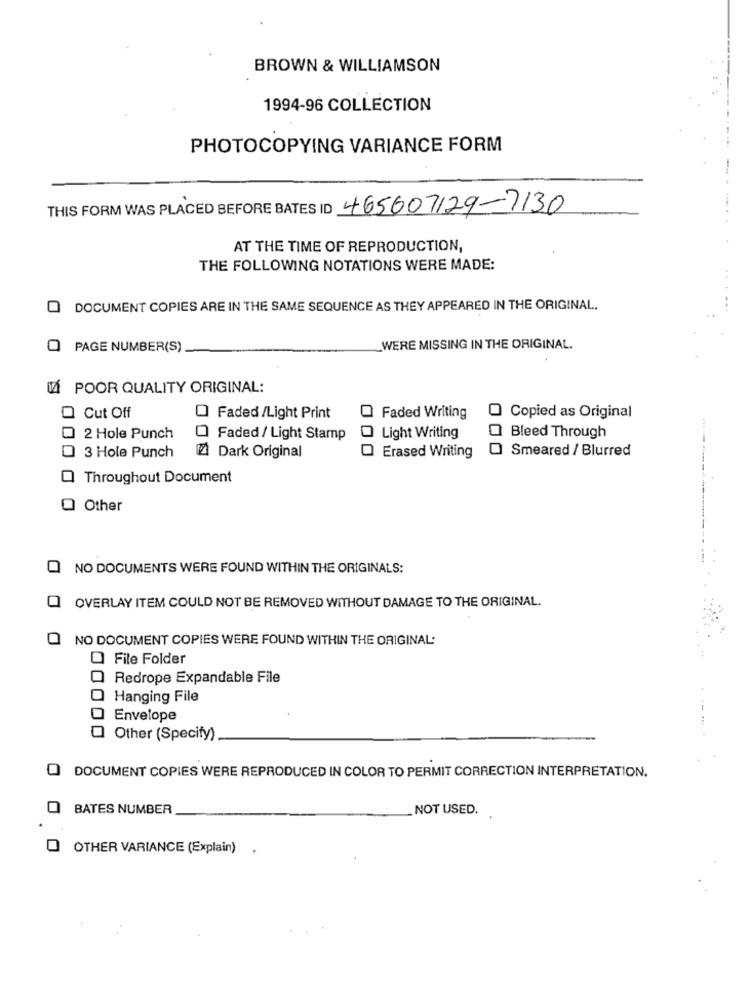
BROWN & WILLIAMSON
1994-96 COLLECTION
PHOTOCOPYING VARIANCE FORM
THIS FORM WAS PLACED BEFORE BATES ID 465607129-7130
AT THE TIME OF REPRODUCTION,
THE FOLLOWING NOTATIONS WERE MADE:
DOCUMENT COPIES ARE IN THE SAME SEQUENCE AS THEY APPEARED IN THE ORIGINAL.
...
PAGE NUMBER(S)
WERE MISSING IN THE ORIGINAL.
VÁ POOR QUALITY ORIGINAL:
Cut Off
Faded /Light Print
O Faded Writing
Copied as Original
2 Hole Punch
Faded / Light Stamp
Light Writing
Bleed Through
3 Hole Punch
[ Dark Original
Erased Writing
Smeared / Blurred
Throughout Document
---------
Other
NO DOCUMENTS WERE FOUND WITHIN THE ORIGINALS:
OVERLAY ITEM COULD NOT BE REMOVED WITHOUT DAMAGE TO THE ORIGINAL.
NO DOCUMENT COPIES WERE FOUND WITHIN THE ORIGINAL:
O File Folder
Redrope Expandable File
Hanging File
Envelope
Other (Specify)
DOCUMENT COPIES WERE REPRODUCED IN COLOR TO PERMIT CORRECTION INTERPRETATION.
BATES NUMBER
NOT USED.
O OTHER VARIANCE (Explain) ,